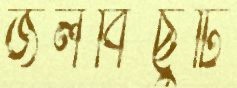
জলবিছুটি